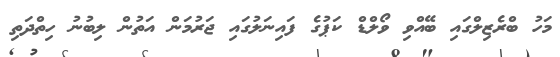
މަހު ބްރެޒިލްގައި ބޭއްވި ވޯލްޑް ކަޕުގެ ފައިނަލުގައި ޖަރުމަން އަތުން ލިބުނު ހިތްދަތި